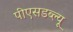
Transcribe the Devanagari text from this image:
पीएसडब्ल्यू